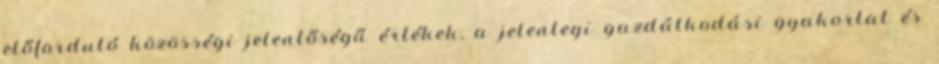
előforduló közösségi jelentőségű értékek, a jelenlegi gazdálkodási gyakorlat és